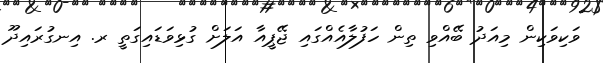
ވަކިވަކިން މިއަދު ބޭއްވި ތިން ހަފުލާއެއްގައި ޖޭޕީއާ އަލަށް ގުޅިވަޑައިގަތީ ރ. އިނގުރައިދޫ